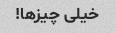
خیلی چیزها!